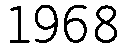
1968